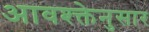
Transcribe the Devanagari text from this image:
आवश्क्तेनुसार